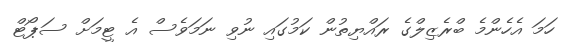
ހަމަ އެހެންމެ ބްރެޒިލްގެ ރައްޔިތުން ކަމުގައި ނުވި ނަމަވެސް އެ ޓީމަށް ސަޕޯޓް